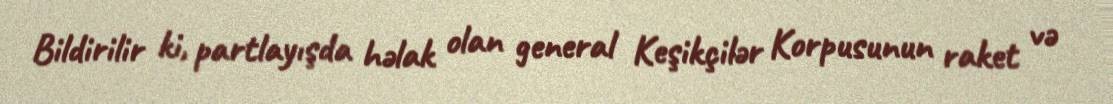
Bildirilir ki, partlayışda həlak olan general Keşikçilər Korpusunun raket və